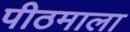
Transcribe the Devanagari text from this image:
पीठमाला